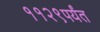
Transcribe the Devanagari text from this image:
११२९पर्यंत